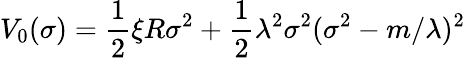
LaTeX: V_{0}(\sigma)=\frac 12\xi R\sigma^{2}+\frac 12\lambda^{2}\sigma^{2}(\sigma^{2}-m/\lambda)^{2}